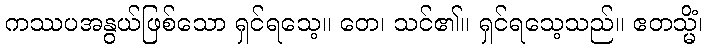
ကဿပအနွယ်ဖြစ်သော ရှင်ရသေ့။ တေ၊ သင်၏။ ရှင်ရသေ့သည်။ ဧတသ္မိံ၊